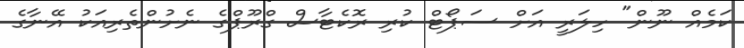
ކަމެއް ނޫން" ހިލަރީ އަށް ސަޕޯޓް ކުރި ރޮކެޓާސް ގްރޫޕްގެ ނެށުންތެރިއަކު އޭނާގެ